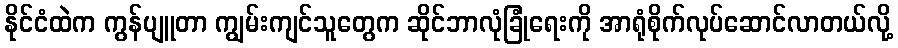
နိုင်ငံထဲက ကွန်ပျူတာ ကျွမ်းကျင်သူတွေက ဆိုင်ဘာလုံခြုံရေးကို အာရုံစိုက်လုပ်ဆောင်လာတယ်လို့